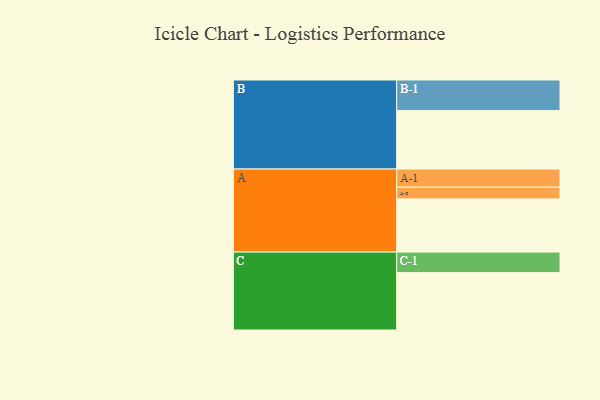
{"axis": {"x": "Segment", "y": "Value"}, "legend": ["", "A", "B", "C"], "data": [{"x": "A", "y": 522, "type": ""}, {"x": "B", "y": 575, "type": ""}, {"x": "C", "y": 563, "type": ""}, {"x": "A-1", "y": 178, "type": "A"}, {"x": "A-2", "y": 115, "type": "A"}, {"x": "B-1", "y": 299, "type": "B"}, {"x": "C-1", "y": 202, "type": "C"}]}